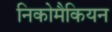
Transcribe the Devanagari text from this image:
निकोमैकियन